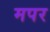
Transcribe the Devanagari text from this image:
मपर